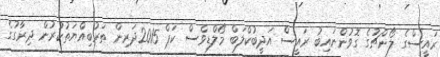
ރައީސްގެ ލޯންޗުގެ ގޮވުންނައިބު ރައީސް އަދީބުކްލަބް މޯލްޑިވްސް ކަޕް 2015ދަރިން ތަރުބިއްޔަތުކުރުން ދިރާގުގެ